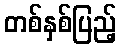
တစ်နှစ်ပြည့်